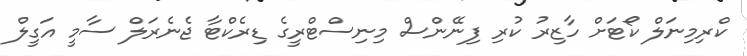
ކްރިމިނަލް ކޯޓަށް ހާޒިރު ކުރި ފިނޭންސް މިނިސްޓްރީގެ ޑިރެކްޓާ ޖެނެރަލް ސާމީ އަގީލް